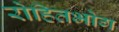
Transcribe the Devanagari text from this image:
रोहितभोग